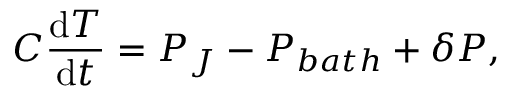
C \frac { \mathrm { d } T } { \mathrm { d } t } = P _ { J } - P _ { b a t h } + \delta P ,